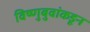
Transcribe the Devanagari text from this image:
विष्णुबुवांकडून